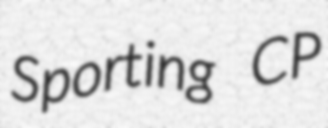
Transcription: Sporting CP